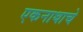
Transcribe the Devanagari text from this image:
एकनाथाचे